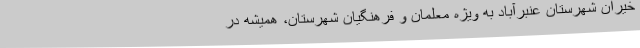
خیران شهرستان عنبرآباد به ویژه معلمان و فرهنگیان شهرستان، همیشه در